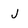
Character: j